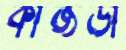
কাজডা